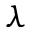
\lambda